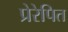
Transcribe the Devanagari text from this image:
प्रेरेपित